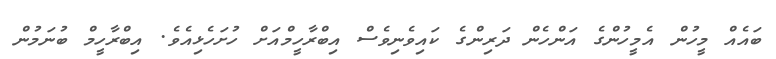
ބައެއް މީހުން އެމީހުންގެ އަންހެން ދަރިންގެ ކައިވެނިވެސް އިބްރާހީމްއަށް ހުށަހެޅިއެވެ. އިބްރާހީމް ބުނަމުން